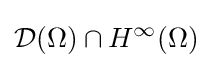
{\mathcal {D}}(\Omega )\cap H^{\infty }(\Omega )